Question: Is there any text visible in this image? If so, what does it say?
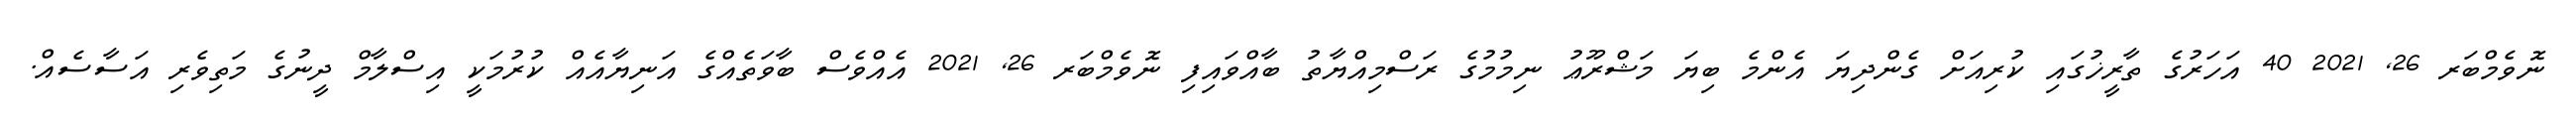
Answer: ނޮވެމްބަރ 26, 2021 40 އަހަރުގެ ތާރީޚުގައި ކުރިއަށް ގެންދިޔަ އެންމެ ބިޔަ މަޝްރޫޢު ނިމުމުގެ ރަސްމިއްޔާތު ބާއްވައިފި ނޮވެމްބަރ 26, 2021 އެއްވެސް ބާވަތެއްގެ އަނިޔާއެއް ކުރުމަކީ އިސްލާމް ދީނުގެ މަތިވެރި އަސާސެއް.